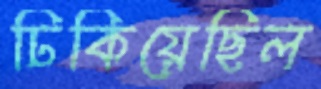
ঢিকিয়েছিল